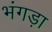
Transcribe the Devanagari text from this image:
भंगड़ा